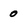
Character: 0